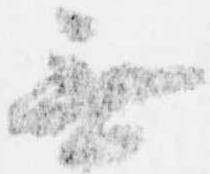
無